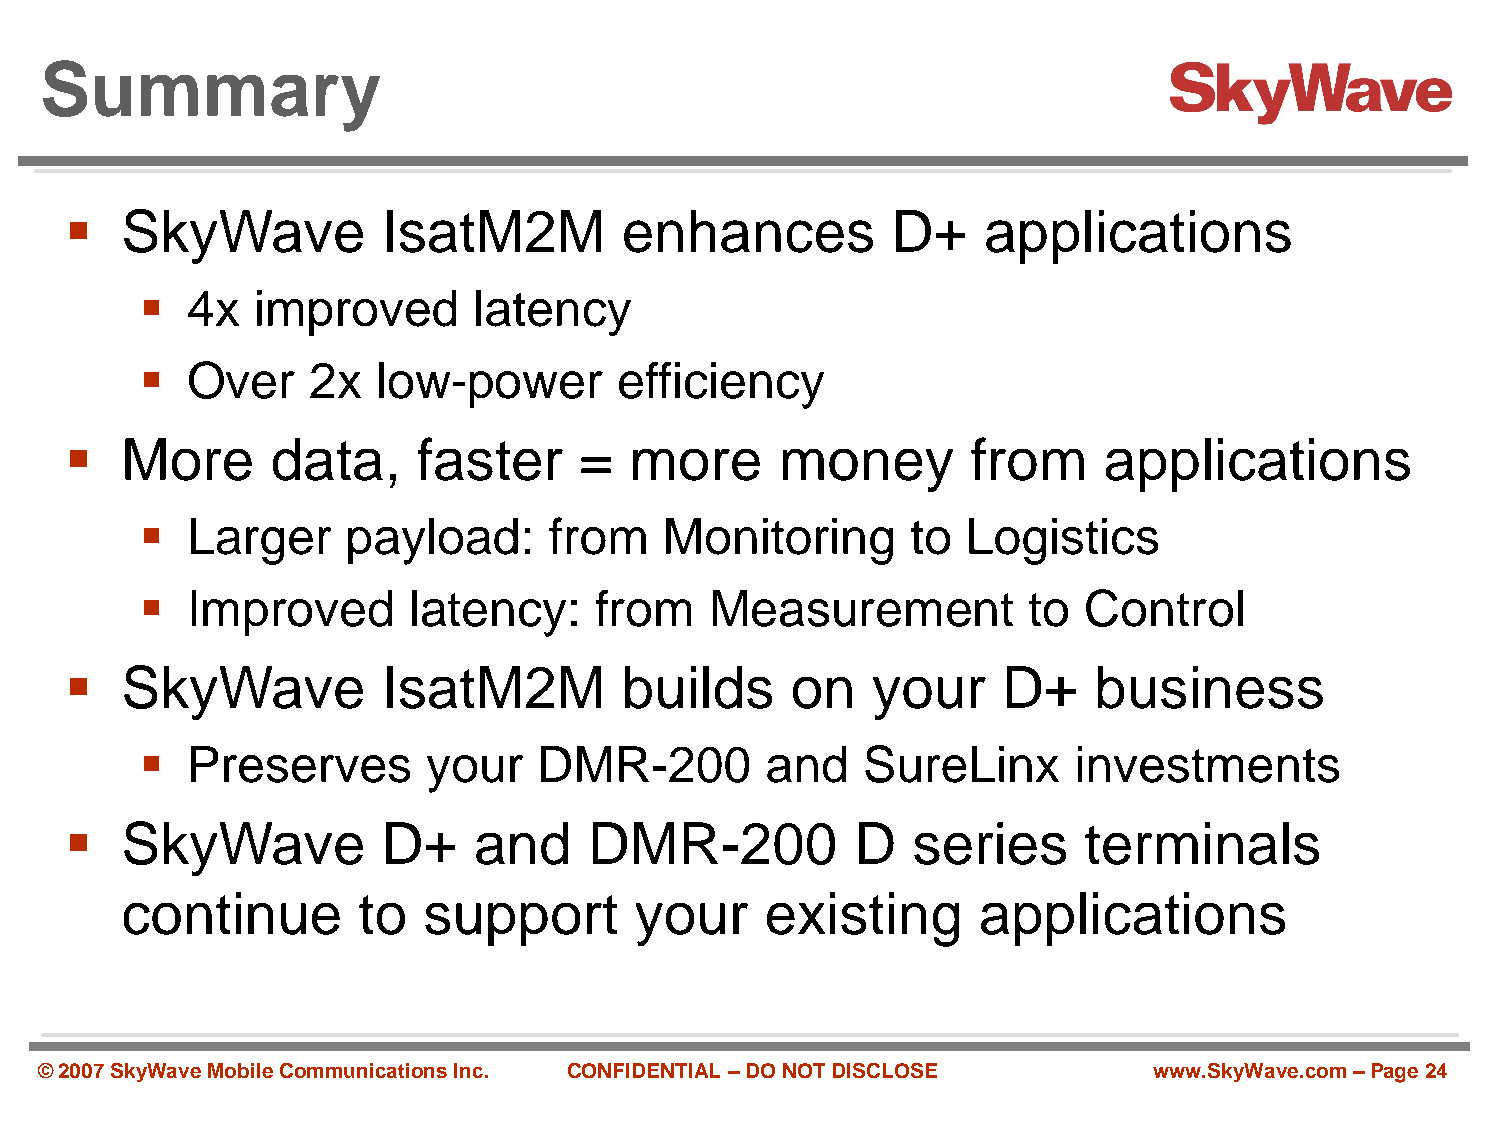
Summary
    SkyWave          IsatM2M         enhances          D+    applications
   4x   improved      latency
   Over    2x   low-power       efficiency
    More      data,     faster    =   more      money       from     applications
   Larger     payload:     from    Monitoring      to  Logistics
   Improved       latency:    from    Measurement          to  Control
    SkyWave          IsatM2M         builds     on    your    D+    business
   Preserves       your    DMR-200        and   SureLinx      investments
    SkyWave          D+    and     DMR-200           D  series      terminals
 continue        to  support       your     existing      applications
 © 2007 SkyWave Mobile Communications Inc. CONFIDENTIAL –DO NOT DISCLOSE  www.SkyWave.com –Page 24